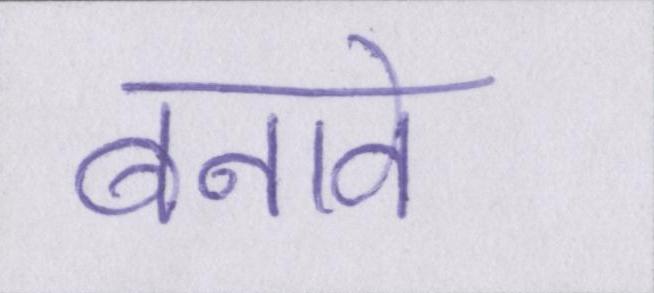
बनावे